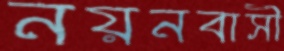
নয়নবাসী